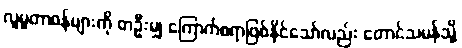
လူမှုတာဝန်များကို တဦးမျှ ကြောက်စရာဖြစ်နိုင်သော်လည်း တောင်သမန်သို့